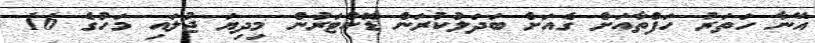
އޭނާ ހަތަރު ހަފްތާއަށް ގެއަށް ބަދަލުކުރަން ޑޮކްޓަރުން މިދިޔަ ޖުލައި މަހުގެ 16